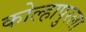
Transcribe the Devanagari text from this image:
कोल्हापुरला